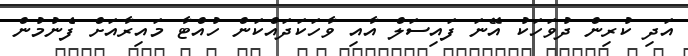
އަދި ކުރިން ދުވަހަކު އޭނަ ފައިސަލް އާއި ވާހަކަދައްކަން ހުއްޓާ މައިރާއަށް ފެނުމުން